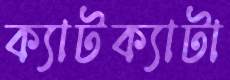
ক্যাটক্যাটা